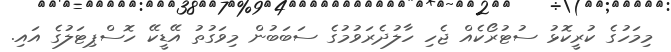
މިމަހުގެ ކުރީކޮޅު ސުޓުރޯކެއް ޖެހި ހާލުދެރަވުމުގެ ސަބަބުން މިވަގުތު އޭޑީކޭ ހޮސްޕިޓަލުގެ އައި.